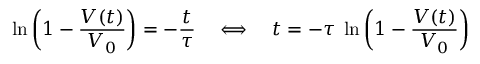
\ln \left( 1 - { \frac { V ( t ) } { V _ { 0 } } } \right) = - { \frac { t } { \tau } } \quad \Longleftrightarrow \quad t = - \tau \; \ln \left( 1 - { \frac { V ( t ) } { V _ { 0 } } } \right)